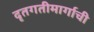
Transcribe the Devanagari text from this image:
दृतगतीमार्गाची